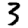
Digit: 3